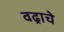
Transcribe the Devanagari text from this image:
वढ्राचे